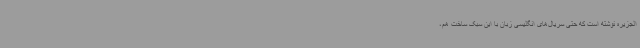
الجزیره نوشته است که حتی سریال‌های انگلیسی زبان با این سبک ساخت هم،